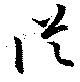
從